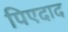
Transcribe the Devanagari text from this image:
पिएदाद